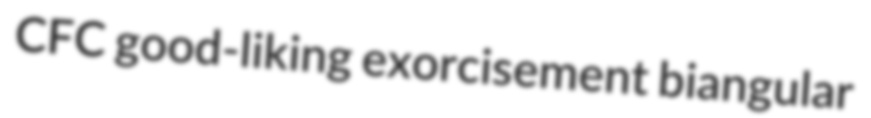
CFC good-liking exorcisement biangular